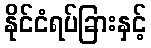
နိုင်ငံရပ်ခြားနှင့်